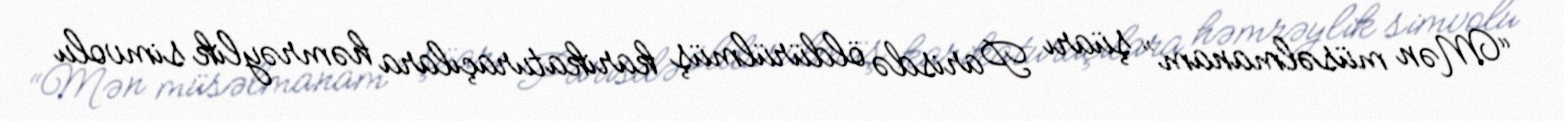
“Mən müsəlmanam” şüarı Parisdə öldürülmüş karikaturaçılara həmrəylik simvolu